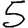
Digit: 5